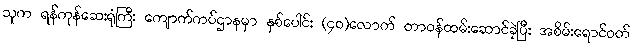
သူက ရန်ကုန်ဆေးရုံကြီး ကျောက်ကပ်ဌာနမှာ နှစ်ပေါင်း (၄၀)လောက် တာဝန်ထမ်းဆောင်ခဲ့ပြီး အစိမ်းရောင်ဝတ်